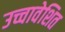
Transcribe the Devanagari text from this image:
उच्चावेशित